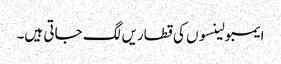
ایمبولینسوں کی قطاریں لگ جاتی ہیں۔